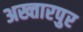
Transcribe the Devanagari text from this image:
अख्तारपुर